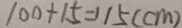
1 0 0 + 1 5 = 1 1 5 ( c m )